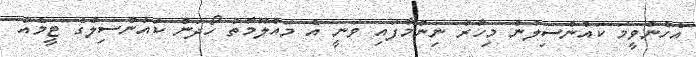
އެހެންވީމަ ކައުންސިލުން މިހާރު ނިންމާފައި ވަނީ އެ މައުލޫމާތު ހޯދަން ކައުންސިލްގެ ޓީމެއް